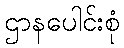
ဌာနပေါင်းစုံ